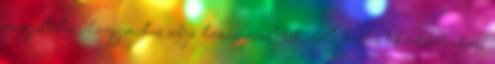
megjelölni, hogy mihez adja hozzájárulását, mely kérdés tekintetében teszi